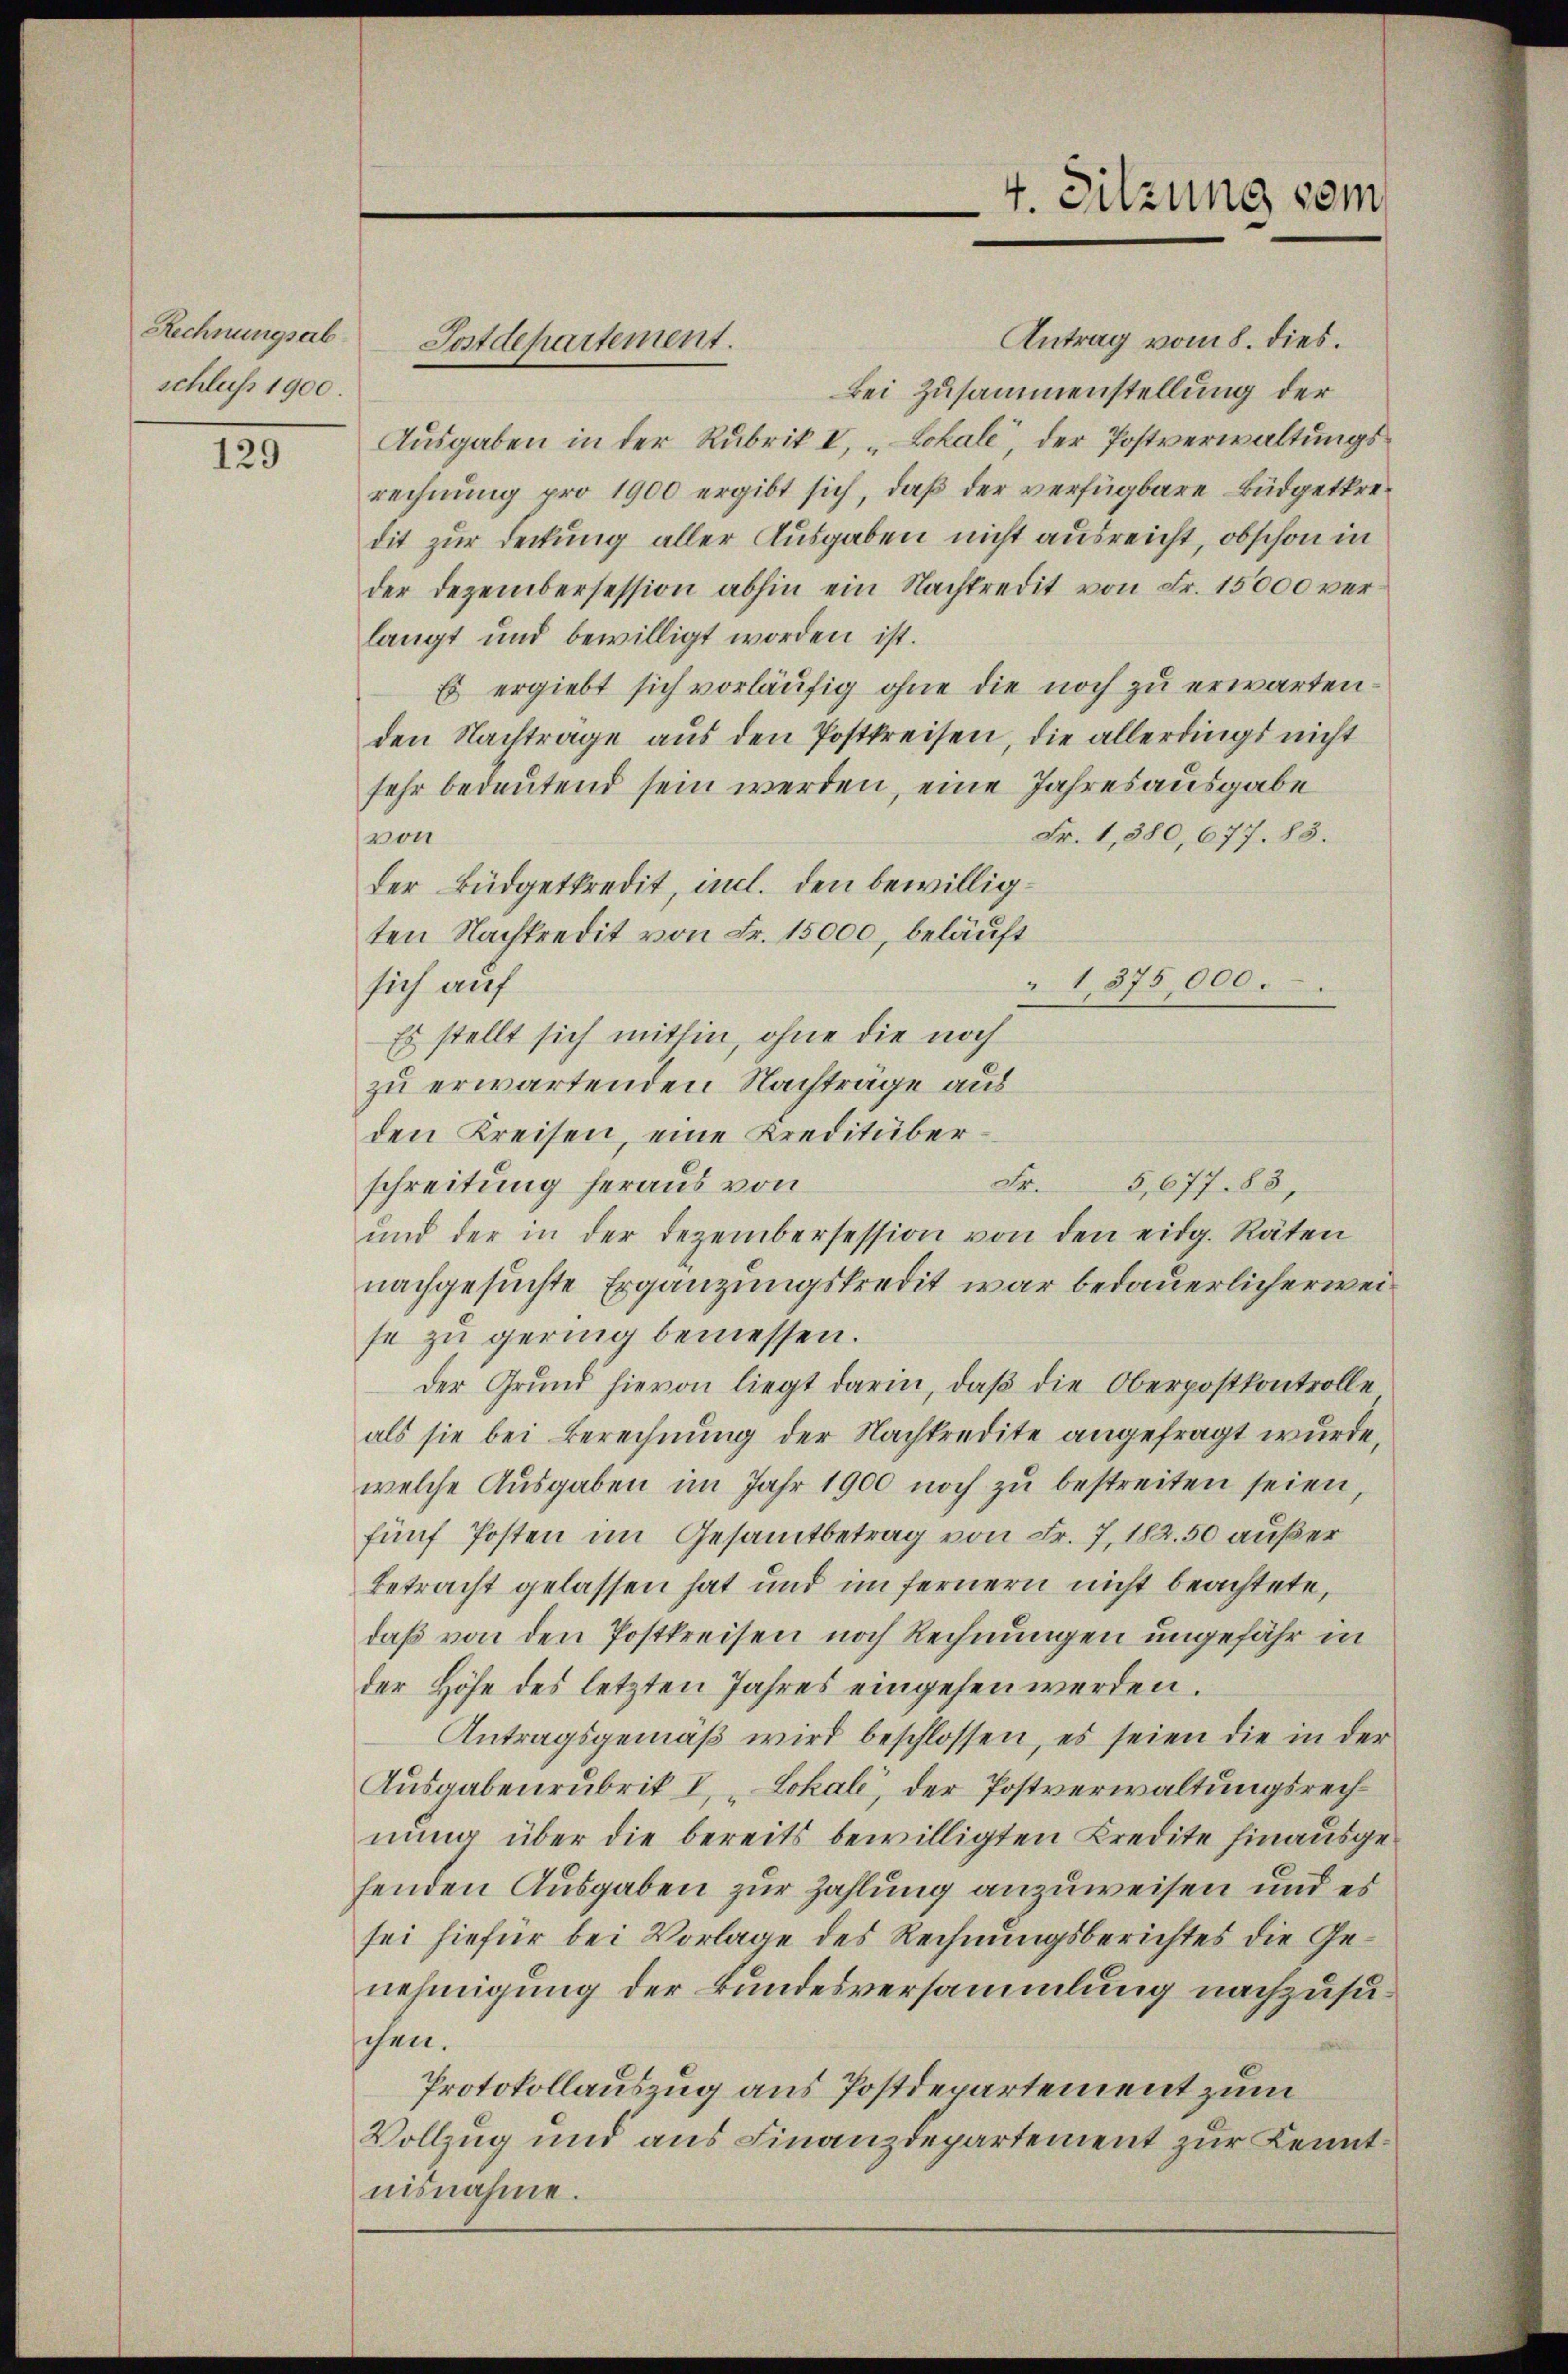
schluss 1900.

129

Antrag vom 8. dies.
bei Zusammenstellung der
Ausgaben in der Rubrik I, „Lokale“, der Postverwaltungsrechnung pro 1900 ergibt sich, daß der verfügbare Büdgetkredit zur Deckung aller Ausgaben nicht ausreicht, obschon in
der Dezembersession abhin ein Nachtredit von Fr. 15000 verlangt und bewilligt worden ist.
Es ergiebt sich vorläufig ohne die noch zu erwarten.
den Nachtrage aus den Postkreisen, die allerdings nicht
sehr bedeutend sein werden, eine Jahresausgabe
Fr. 1,380, 677. 83.
von
der Büdgetkredit, incl. den bewilligten Nachkredit von Fr. 15000, beläuft
1,875,000.
sich auf
Es stellt sich mithin, ohne die noch
zu erwartenden Nachträge aus
den Kreisen, eine Kreditüberschreitung heraus von
und der in der Dezembersession von den eidg. Räten
nachgesuchte Ergänzungskredit war bedauerlicherweise zu gering bemessen.
der Grŭnd hievon liegt darin, daβ die Oberpostkontrolle
als sie bei Berechnung der Nachtredite angefragt wurde,
welche Ausgaben im Jahr 1900 noch zu bestreiten seien,
fünf Posten im Gesamtbetrag von Fr. 7, 182. 50 außer
betracht gelassen hat und im fernern nicht beachtete,
daß von den Postkreisen noch Rechnungen ungefähr in
der Höhe des letzten Jahres eingehen werden.
Antragsgemäβ wird beschlossen, es seien die in der
Ausgabenrubrik I, „Lokale, der Postverwaltungsrechnung über die bereits bewilligten Kredite hinausgehenden Ausgaben zur Zahlung anzuweisen und es
sei hiefür bei Vorlage des Rechnungsberichtes die Genehmigung der Bundesversammlung nachzususchen.
Protokollauszug aus Postdepartement zum
Vollzug und aus Finanzdepartement zur Kenntnisnahme.

Rechnungsab Postdepartement.

4. Sitzung vom

Fr. 5,677. 83,